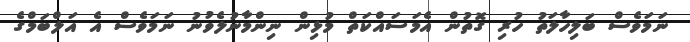
ނަމަވެސް ބަލިހާލަތު ހުރި ގޮތުން އެމަސައްކަތް މުޅިން ނިންމާނުލެވުނު ނަމަވެސް އެ އަލްބަމްގެ